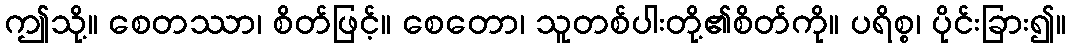
ဤသို့။ စေတဿာ၊ စိတ်ဖြင့်။ စေတော၊ သူတစ်ပါးတို့၏စိတ်ကို။ ပရိစ္စ၊ ပိုင်းခြား၍။